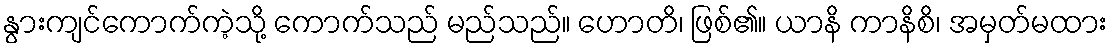
နွားကျင်ကောက်ကဲ့သို့ ကောက်သည် မည်သည်။ ဟောတိ၊ ဖြစ်၏။ ယာနိ ကာနိစိ၊ အမှတ်မထား